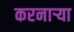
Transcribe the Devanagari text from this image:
करनार्‍या